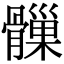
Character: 𩪑